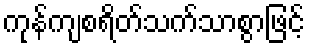
ကုန်ကျစရိတ်သက်သာစွာဖြင့်